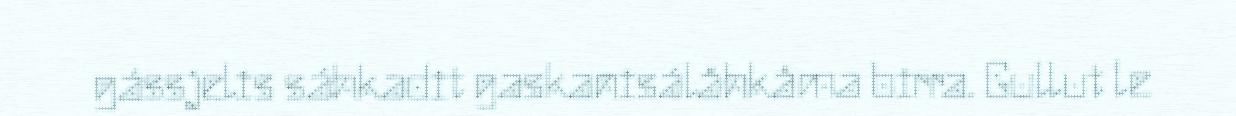
gássjelis sáhkadit gaskanisálåhkåma birra. Gullut le